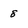
Character: 8